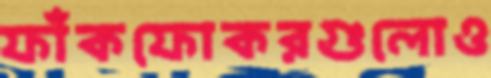
ফাঁকফোকরগুলোও